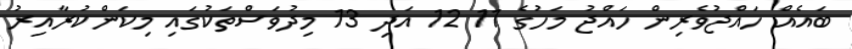
ބައެއް ހައްޖުވެރިން ހައްޖު މަހުގެ 11 12 އަދި 13 މިދުވަސްތަކުގައި މިކަންކުރާއިރު